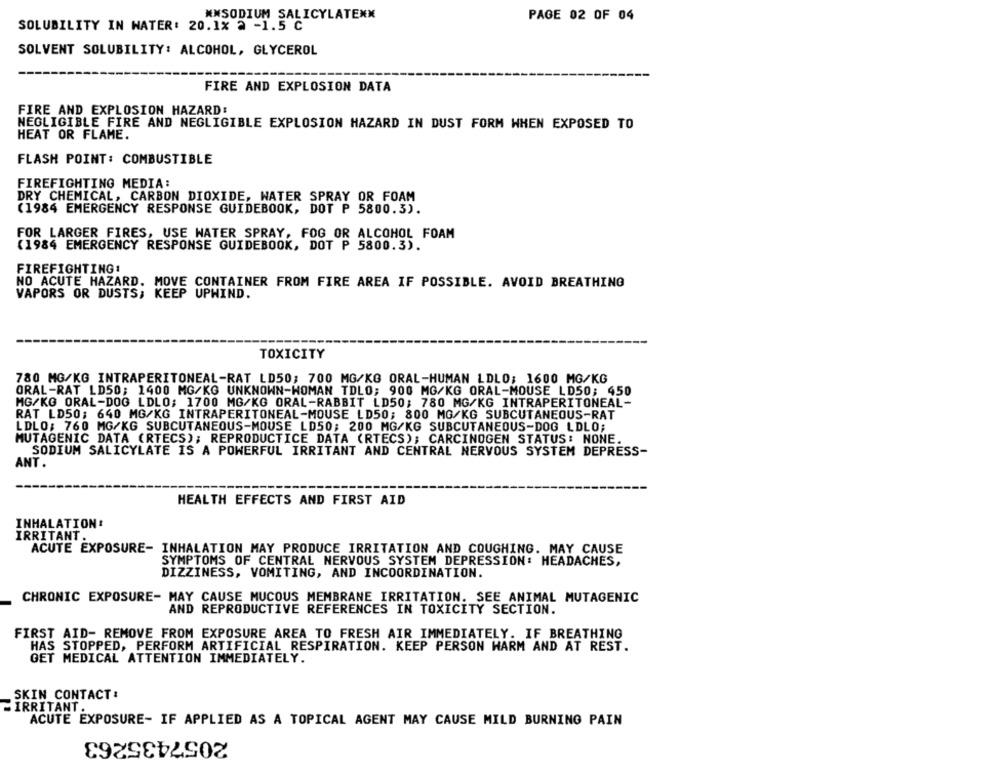
PAGE 02 OF 04
#XSODIUM SALICYLATENX
SOLUBILITY IN WATER: 20.1% a -1.5 C
SOLVENT SOLUBILITY: ALCOHOL, GLYCEROL
FIRE AND EXPLOSION DATA
FIRE AND EXPLOSION HAZARD:
NEGLIGIBLE FIRE AND NEGLIGIBLE EXPLOSION HAZARD IN DUST FORM WHEN EXPOSED TO
HEAT OR FLAME.
FLASH POINT: COMBUSTIBLE
FIREFIGHTING MEDIA:
DRY CHEMICAL, CARBON DIOXIDE, WATER SPRAY OR FOAM
(1984 EMERGENCY RESPONSE GUIDEBOOK, DOT P 5800.3).
FOR LARGER FIRES, USE WATER SPRAY, FOG OR ALCOHOL FOAM
(1984 EMERGENCY RESPONSE GUIDEBOOK, DOT P 5800.3).
FIREFIGHTING:
NO ACUTE HAZARD. MOVE CONTAINER FROM FIRE AREA IF POSSIBLE. AVOID BREATHING
VAPORS OR DUSTS; KEEP UPHIND.
TOXICITY
780 MG/KG INTRAPERITONEAL-RAT LD50; 700 MG/KG ORAL-HUMAN LDLO; 1600 MG/KG
ORAL-RAT LD50; 1400 MG/KG UNKNOWN-WOMAN TOLO; 900 MG/KG ORAL-MOUSE LD50; 450
MG/KG ORAL-DOG LDLO; 1700 MG/KG ORAL-RABBIT LD50; 780 MG/KG INTRAPERITONEAL-
RAT LD50; 640 MG/KG INTRAPERITONEAL-MOUSE LD50; 800 MG/KG SUBCUTANEOUS-RAT
LDLO: 760 MG/KG SUBCUTANEOUS-MOUSE LD50; 200 MG/KG SUBCUTANEOUS-DOG LDLO;
MUTAGENIC DATA (RTECS); REPRODUCTICE DATA (RTECS); CARCINOGEN STATUS: NONE.
SODIUM SALICYLATE IS A POWERFUL IRRITANT AND CENTRAL NERVOUS SYSTEM DEPRESS-
ANT.
HEALTH EFFECTS AND FIRST AID
INHALATION:
IRRITANT.
ACUTE EXPOSURE- INHALATION MAY PRODUCE IRRITATION AND COUGHING. MAY CAUSE
SYMPTOMS OF CENTRAL NERVOUS SYSTEM DEPRESSION: HEADACHES,
DIZZINESS, VOMITING, AND INCOORDINATION.
CHRONIC EXPOSURE- MAY CAUSE MUCOUS MEMBRANE IRRITATION. SEE_ANIMAL MUTAGENIC
AND REPRODUCTIVE REFERENCES IN TOXICITY SECTION.
FIRST AID- REMOVE FROM EXPOSURE AREA TO FRESH AIR IMMEDIATELY. IF BREATHING
HAS STOPPED, PERFORM ARTIFICIAL RESPIRATION. KEEP PERSON WARM AND AT REST.
GET MEDICAL ATTENTION IMMEDIATELY.
SKIN CONTACT :
IRRITANT
ACUTE EXPOSURE- IF APPLIED AS A TOPICAL AGENT MAY CAUSE MILD BURNING PAIN
2057435263